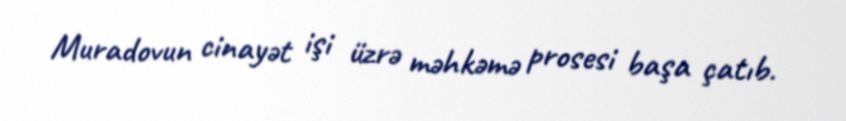
Muradovun cinayət işi üzrə məhkəmə prosesi başa çatıb.